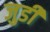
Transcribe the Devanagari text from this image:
जुडीं